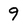
Character: 9